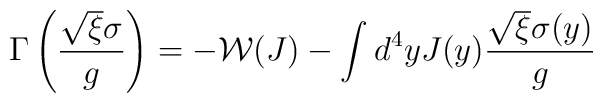
\Gamma\left(\frac{\sqrt{\xi}\sigma}{g}\right)=-\mathcal{W}(J)-\int d^{4}yJ(y)\frac{\sqrt{\xi}\sigma(y)}{g}